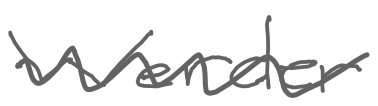
Text: Werder
Cross-out: wave
Writing tool: digital_gray